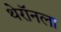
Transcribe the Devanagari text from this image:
थेरॉनला